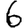
Digit: 6